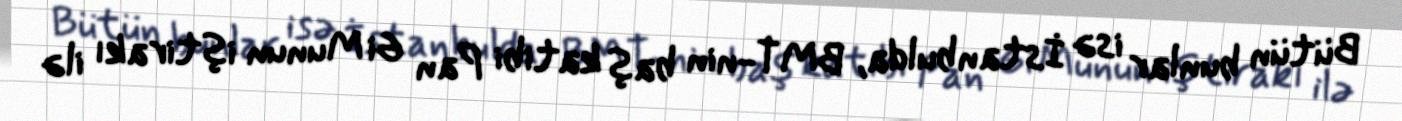
Bütün bunlar isə İstanbulda, BMT-nin baş katibi Pan Gi Munun iştirakı ilə